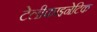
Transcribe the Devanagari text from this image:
टेलीकाइनेटिक